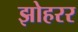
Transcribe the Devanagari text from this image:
झोहरर